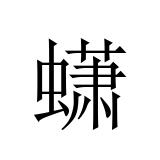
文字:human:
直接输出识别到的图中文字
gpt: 蟏